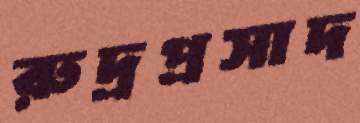
রুদ্রপ্রসাদ